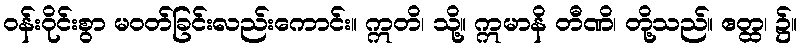
ဝန်းဝိုင်းစွာ မဝတ်ခြင်းလည်းကောင်း။ ဣတိ၊ သို့။ ဣမာနိ တီဏိ၊ တို့သည်။ ဧတ္ထ၊ ၌။